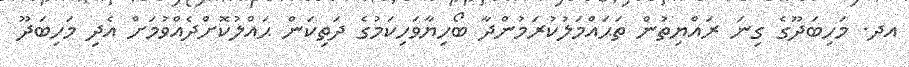
އދ. މަހިބަދޫގެ ގިނަ ރައްޔިތުން ތަޙައްމަލުކުރަމުންދާ ބޯހިޔާވަހިކަމުގެ ދަތިކަން ޙައްލުކޮށްދެއްވުމަށް އެދި މަހިބަދޫ